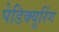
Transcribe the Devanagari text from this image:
पेडिक्यूरिंग